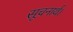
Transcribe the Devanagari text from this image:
सूचनार्थ।